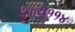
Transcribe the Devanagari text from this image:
डब्ल्यु११४